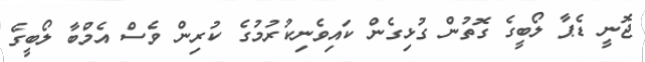
ޖޮނީ ޑެޕާ ލޯބީގެ ގޮތުން ގުޅިގެން ކައިވެނިކުރުމުގެ ކުރިން ވެސް އެމްބާ ލޯބީގެ